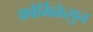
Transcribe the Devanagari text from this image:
फ़ोर्मिकेसुन